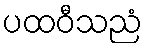
ပထဝီသညံ